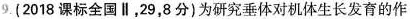
9.(2018课标全国Ⅱ，29，8分)为研究垂体对机体生长发育的作